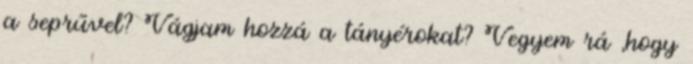
a seprűvel? Vágjam hozzá a tányérokat? Vegyem rá ,hogy